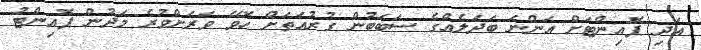
އަދި ޕޮއިންޓަށް އަންނަ ބަދަލެއްގެ ސަބަބުން ގުރުއަތަށް ހޮވޭ ވަރަށްވުރެ މަދުން ޕޮއިންޓު